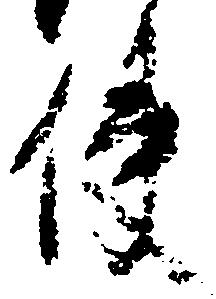
使